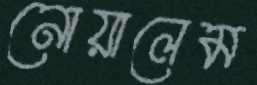
নোয়ালেম